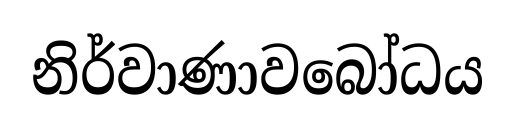
නිර්වාණාවබෝධය